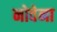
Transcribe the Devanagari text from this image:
नोवेना